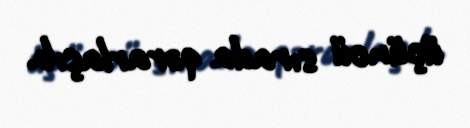
üçüncü sırada qərarlaşıb.